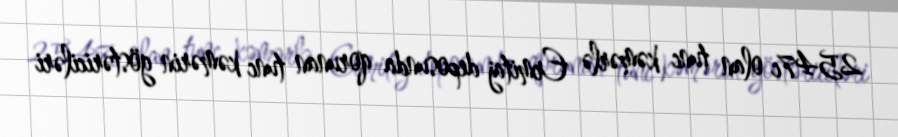
2547c olan tunc kəmərlə Ermitaj deposunda qorunan tunc kəmərin göstəriciləri